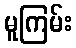
မူကြမ်း